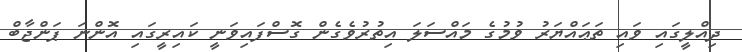
ދިއްލީގައި ވައި ތަޢައްޔަރު ވުމުގެ މައްސަލަ އިތުރުވެގެން ގޮސްފައިވަނީ ކައިރީގައި އޮންނަ ޕަންޖާބް